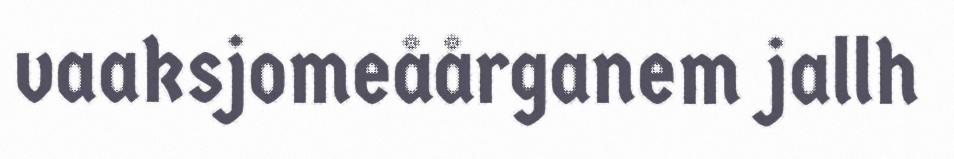
vaaksjomeåårganem jallh